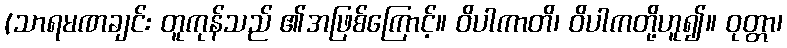
(သာရမဏချင်း တူကုန်သည် ၏အဖြစ်ကြောင့်။ ဝိပါကာတိ၊ ဝိပါကတို့ဟူ၍။ ဝုတ္တာ၊